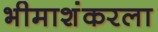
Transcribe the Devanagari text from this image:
भीमाशंकरला